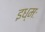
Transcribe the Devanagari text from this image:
इध्मः